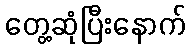
တွေ့ဆုံပြီးနောက်